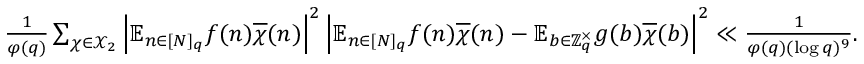
\begin{array} { r } { \frac { 1 } { \varphi ( q ) } \sum _ { \chi \in \mathcal { X } _ { 2 } } \left| \mathbb { E } _ { n \in [ N ] _ { q } } f ( n ) \overline { { \chi } } ( n ) \right| ^ { 2 } \left| \mathbb { E } _ { n \in [ N ] _ { q } } f ( n ) \overline { { \chi } } ( n ) - \mathbb { E } _ { b \in \mathbb { Z } _ { q } ^ { \times } } g ( b ) \overline { { \chi } } ( b ) \right| ^ { 2 } \ll \frac { 1 } { \varphi ( q ) ( \log q ) ^ { 9 } } . } \end{array}